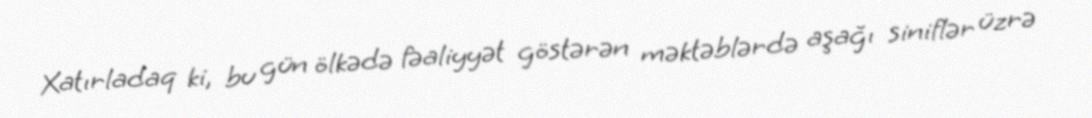
Xatırladaq ki, bu gün ölkədə fəaliyyət göstərən məktəblərdə aşağı siniflər üzrə